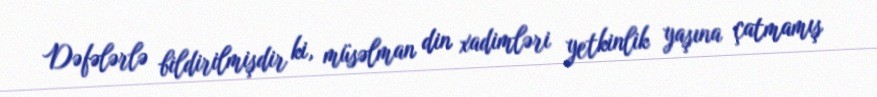
Dəfələrlə bildirilmişdir ki, müsəlman din xadimləri yetkinlik yaşına çatmamış